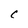
Character: c